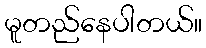
မူတည်နေပါတယ်။